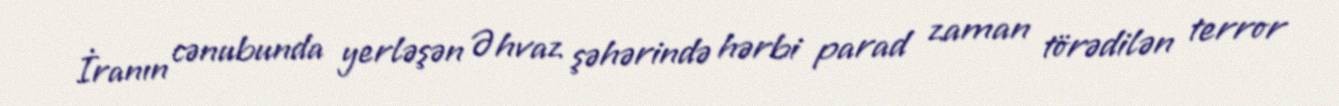
İranın cənubunda yerləşən Əhvaz şəhərində hərbi parad zaman törədilən terror